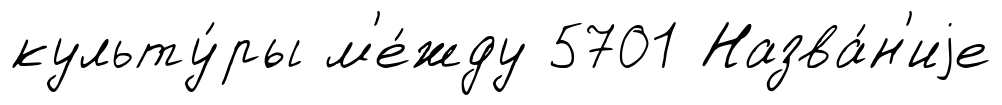
культу́ры м'е́жду 5701 Назва́н'иjе